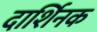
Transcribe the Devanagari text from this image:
दार्शिनक